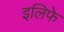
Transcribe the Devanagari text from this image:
इलिफे